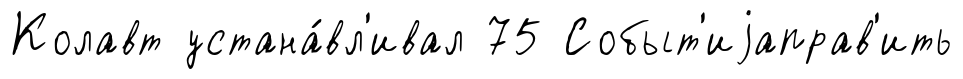
Колавт устана́вл'ивал 75 Событ'иjаправ'ить